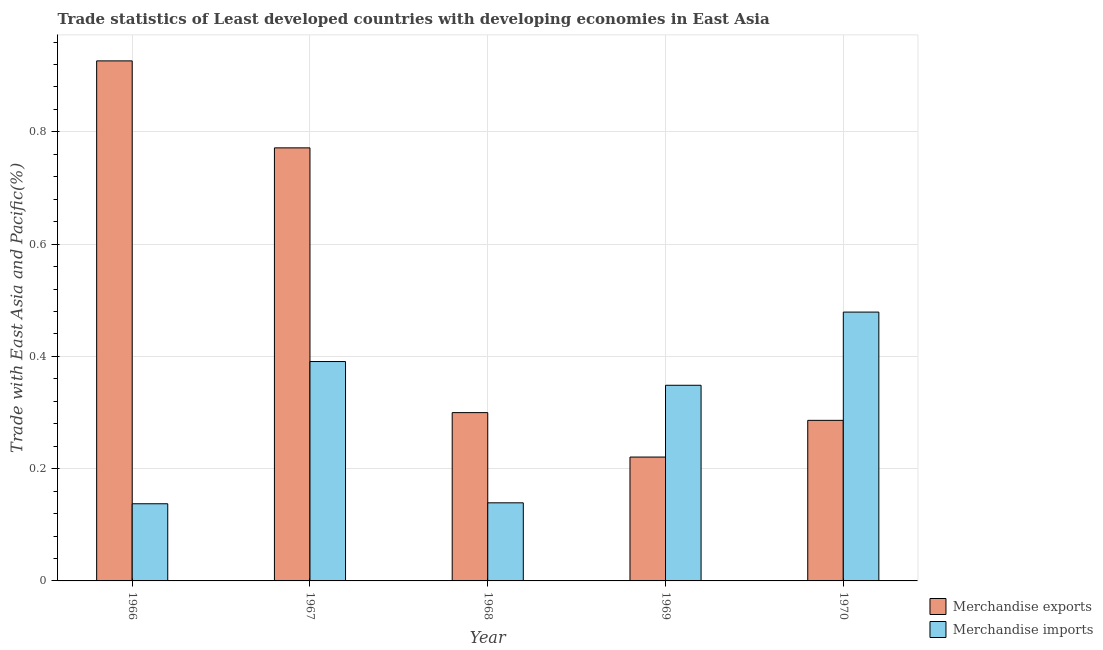
| Year | Merchandise exports | Merchandise imports |
 | --- | --- | --- |
 | 1966 | 0.926 | 0.137 |
 | 1967 | 0.771 | 0.391 |
 | 1968 | 0.3 | 0.139 |
 | 1969 | 0.221 | 0.349 |
 | 1970 | 0.286 | 0.479 |